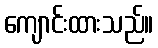
ကျောင်းထားသည်။